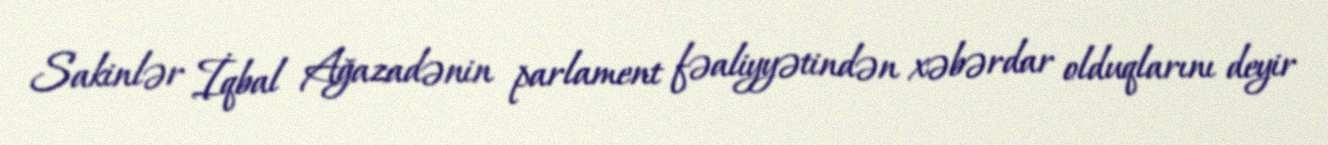
Sakinlər İqbal Ağazadənin parlament fəaliyyətindən xəbərdar olduqlarını deyir